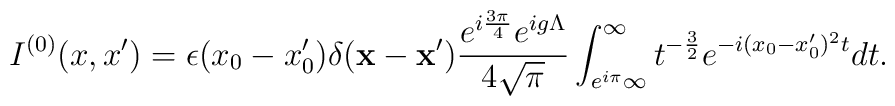
I^{(0)}(x,x')=\epsilon(x_0-x'_0)\delta({\bf x-x'})\frac{e^{i\frac{3\pi}{4}}e^{ig\Lambda}}{4\sqrt{\pi}}\int_{e^{i\pi}\infty}^{\infty}t^{-\frac{3}{2}}e^{-i(x_0-x'_0)^2 t}dt.